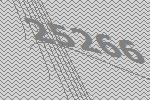
25266